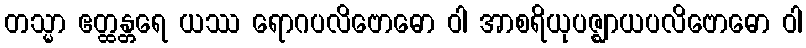
တသ္မာ ဧတ္ထန္တရေ ယဿ ရောဂပလိဗောဓော ဝါ အာစရိယုပဇ္ဈာယပလိဗောဓော ဝါ